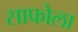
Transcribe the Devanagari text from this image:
साफोला